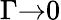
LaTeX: \Gamma{\rightarrow}0